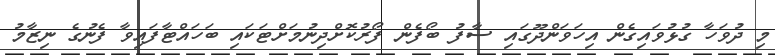
މި ދުވަހާ ގުޅުވައިގެން އިހަވަންދޫގައި ސާފު ބޯފެން ފޯރުކޮށްދިނުމަށްޓަކައި ބަހައްޓާފައިވާ ފެނުގެ ނިޒާމު